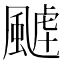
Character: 𩗸